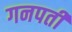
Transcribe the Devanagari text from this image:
गनपती